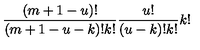
\frac { ( m + 1 - u ) ! } { ( m + 1 - u - k ) ! k ! } \frac { u ! } { ( u - k ) ! k ! } k !